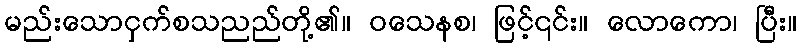
မည်းသောငှက်စသညည်တို့၏။ ဝသေနစ၊ ဖြင့်၎င်း။ လောကော၊ ပြီး။